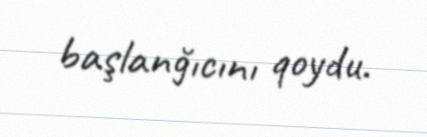
başlanğıcını qoydu.